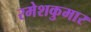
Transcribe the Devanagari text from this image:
रमेशकुमार